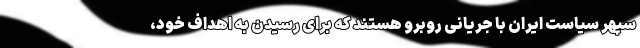
سپهر سیاست ایران با جریانی روبرو هستند که برای رسیدن به اهداف خود،